Vaccination in Bombay 1874-1876 - 1874-1876
Year: 1874
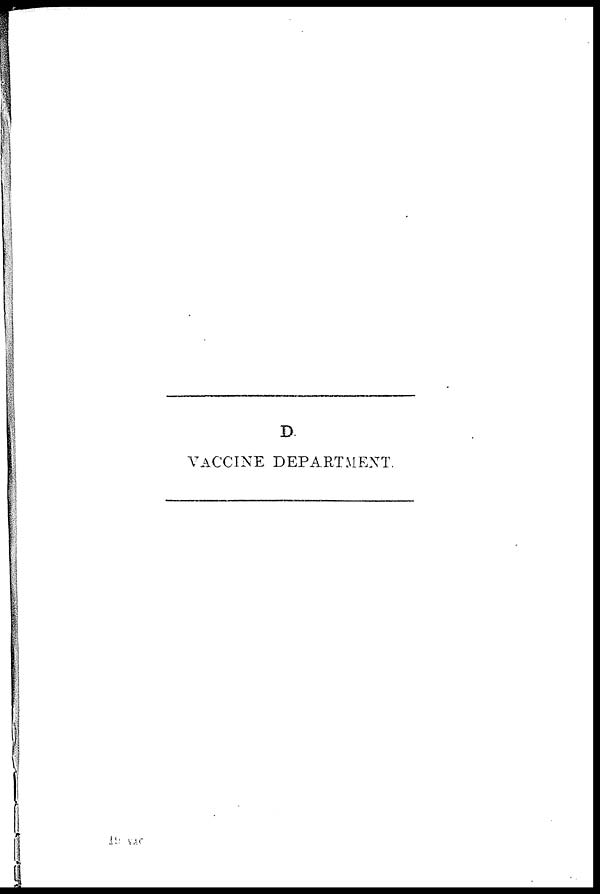
D.
VACCINE DEPARTMENT.
19 VAC